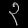
Digit: ၃